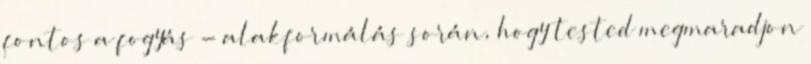
fontos a fogyás - alakformálás során, hogy tested megmaradjon